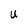
Character: U